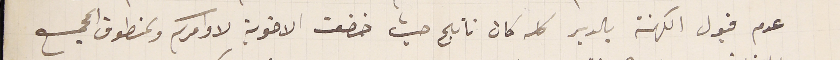
عدم قبول الكهنة بالدير كله كان ناتج حيث خضعت الاخوية لاوامركم ولمنطوق المجمع